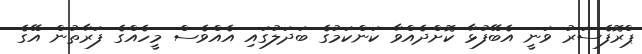
ޕްރޮފެސަރު ވަނީ އެބޭފުޅާ ކޮށްދެއްވާ ކަންކަމުގެ ބަދަލުގައި އެއްވެސް މީހެއްގެ ފަރާތުން އޭގެ